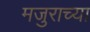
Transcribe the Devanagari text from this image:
मजुराच्या